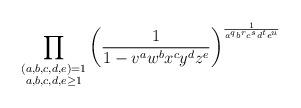
LaTeX: \begin{align*} \prod_{\substack{ (a,b,c,d,e)=1 \\ a,b,c,d,e \geq 1}} \left( \frac{1}{1-v^a w^b x^c y^d z^e} \right)^{\frac{1}{a^q b^r c^s d^t e^u}} \end{align*}